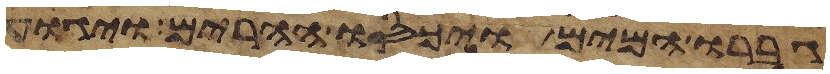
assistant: גברו המים ויכסו ההרים ויגוע